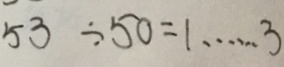
5 3 \div 5 0 = 1 \cdots 3